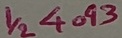
Text: 1/2 4093